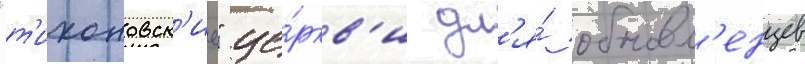
"т'ихоновск'ие" це́ркв'и дл'я́ обновл'енцев